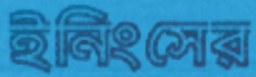
ইনিংসের